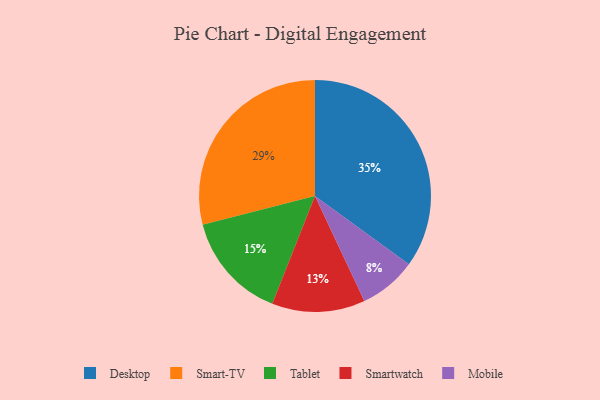
{"axis": {"x": "Category", "y": "Percentage"}, "legend": ["Desktop", "Mobile", "Smart-TV", "Smartwatch", "Tablet"], "data": [{"x": "Mobile", "y": 8, "type": "Mobile"}, {"x": "Smartwatch", "y": 13, "type": "Smartwatch"}, {"x": "Smart-TV", "y": 29, "type": "Smart-TV"}, {"x": "Tablet", "y": 15, "type": "Tablet"}, {"x": "Desktop", "y": 35, "type": "Desktop"}]}